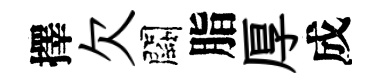
擇欠闕脂厚成